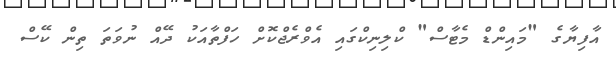
އާފިޔާގެ "މައިންޑް މެޓާސް" ކްލިނިކްގައި އެވްރެޖްކޮށް ހަފްތާއަކު ދޭއް ނުވަތަ ތިން ކޭސް